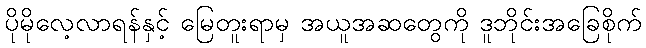
ပိုမိုလေ့လာရန်နှင့် မြေတူးရာမှ အယူအဆတွေကို ဒူဘိုင်းအခြေစိုက်